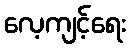
လေ့ကျင့်ရေး